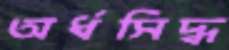
অর্ধসিদ্ধ